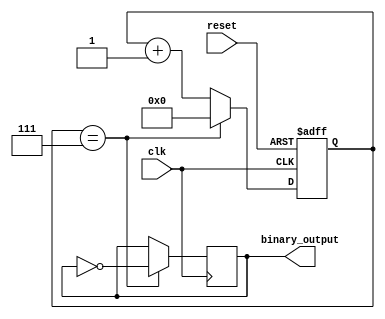
module clock_divider (
    input wire clk,
    input wire reset,
    output reg binary_output
);

reg [3:0] counter;

parameter THRESHOLD = 8; // Divide clock frequency by 8

always @(posedge clk or posedge reset)
begin
    if (reset)
        counter <= 4'b0000; // Initial state of the counter
    else if (counter == THRESHOLD - 1)
        counter <= 4'b0000;
    else
        counter <= counter + 1;
end

always @(posedge clk)
begin
    if (counter == THRESHOLD - 1)
        binary_output <= ~binary_output;
end

endmodule